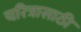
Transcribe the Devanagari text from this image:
चरित्रासाठी